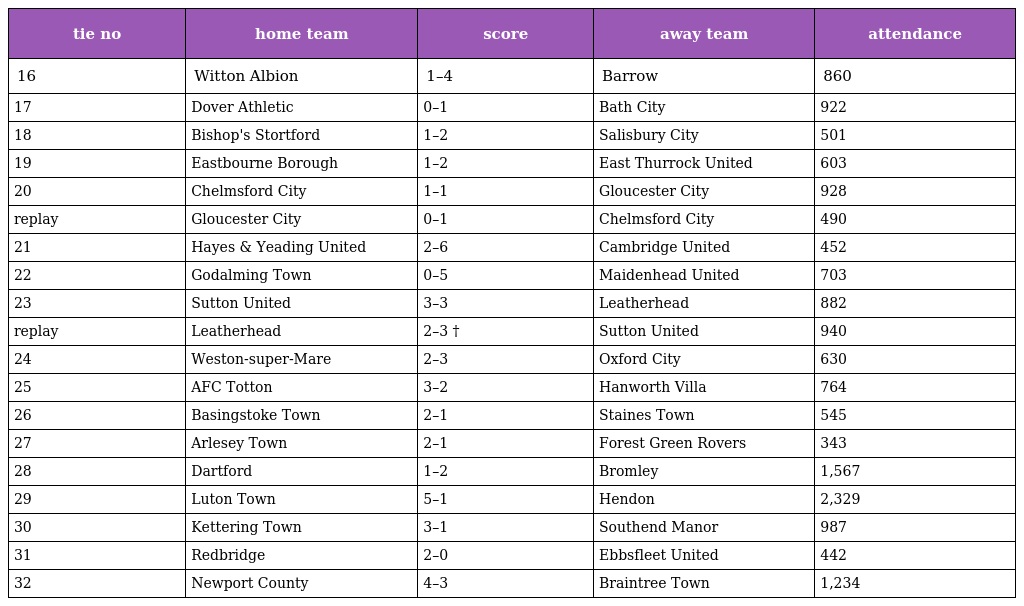
| tie no | home team | score | away team | attendance |
 | --- | --- | --- | --- | --- |
 | 16 | Witton Albion | 1–4 | Barrow | 860 |
 | 17 | Dover Athletic | 0–1 | Bath City | 922 |
 | 18 | Bishop's Stortford | 1–2 | Salisbury City | 501 |
 | 19 | Eastbourne Borough | 1–2 | East Thurrock United | 603 |
 | 20 | Chelmsford City | 1–1 | Gloucester City | 928 |
 | replay | Gloucester City | 0–1 | Chelmsford City | 490 |
 | 21 | Hayes & Yeading United | 2–6 | Cambridge United | 452 |
 | 22 | Godalming Town | 0–5 | Maidenhead United | 703 |
 | 23 | Sutton United | 3–3 | Leatherhead | 882 |
 | replay | Leatherhead | 2–3 † | Sutton United | 940 |
 | 24 | Weston-super-Mare | 2–3 | Oxford City | 630 |
 | 25 | AFC Totton | 3–2 | Hanworth Villa | 764 |
 | 26 | Basingstoke Town | 2–1 | Staines Town | 545 |
 | 27 | Arlesey Town | 2–1 | Forest Green Rovers | 343 |
 | 28 | Dartford | 1–2 | Bromley | 1,567 |
 | 29 | Luton Town | 5–1 | Hendon | 2,329 |
 | 30 | Kettering Town | 3–1 | Southend Manor | 987 |
 | 31 | Redbridge | 2–0 | Ebbsfleet United | 442 |
 | 32 | Newport County | 4–3 | Braintree Town | 1,234 |